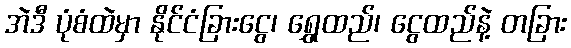
အဲဒီ ပုံစံထဲမှာ နိုင်ငံခြားငွေ၊ ရွှေထည်၊ ငွေထည်နဲ့ တခြား